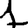
Digit: 1